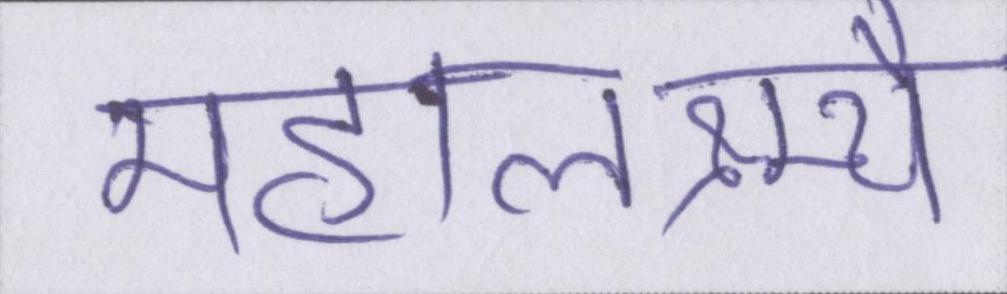
महालक्ष्म्यै